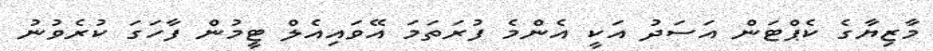
މާޒިޔާގެ ކެޕްޓަން އަސަދު އަކީ އެންމެ ފުރަތަމަ އޭވައިއެލް ޓީމުން ފާހަގަ ކުރެވުނު